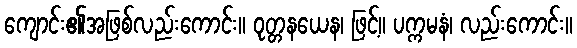
ကျောင်း၏အဖြစ်လည်းကောင်း။ ဝုတ္တနယေန၊ ဖြင့်။ ပက္ကမနံ၊ လည်းကောင်း။